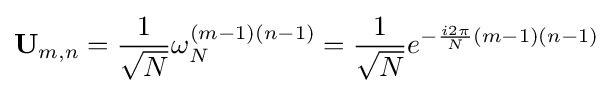
\mathbf {U} _{m,n}={\frac {1}{\sqrt {N}}}\omega _{N}^{(m-1)(n-1)}={\frac {1}{\sqrt {N}}}e^{-{\frac {i2\pi }{N}}(m-1)(n-1)}